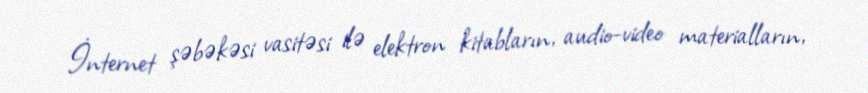
İnternet şəbəkəsi vasitəsi ilə elektron kitabların, audio-video materialların,